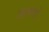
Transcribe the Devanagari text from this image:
आस्रवों